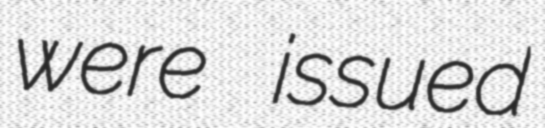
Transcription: were issued